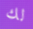
لك